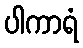
ပါကာရံ